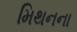
મિથનના